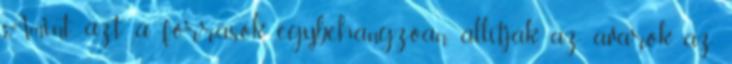
Amint azt a források egybehangzóan állítják, az avarok az